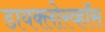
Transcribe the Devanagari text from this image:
डायक्लोरव्हॉस